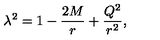
\lambda ^ { 2 } = 1 - \frac { 2 M } { r } + \frac { Q ^ { 2 } } { r ^ { 2 } } ,